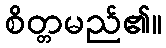
စိတ္တမည်၏။